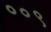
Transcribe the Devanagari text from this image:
००९